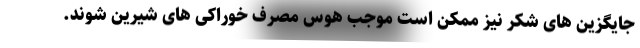
جایگزین های شکر نیز ممکن است موجب هوس مصرف خوراکی های شیرین شوند.